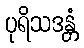
ပုရိသဒန္တံ